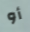
أو